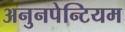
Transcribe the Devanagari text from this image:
अनुनपेन्टियम